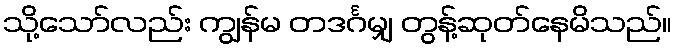
သို့သော်လည်း ကျွန်မ တဒင်္ဂမျှ တွန့်ဆုတ်နေမိသည်။